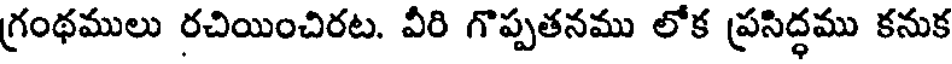
గ్రంథములు రచియించిరట. వీరి గొప్పతనము లోక ప్రసిద్ధము కనుక